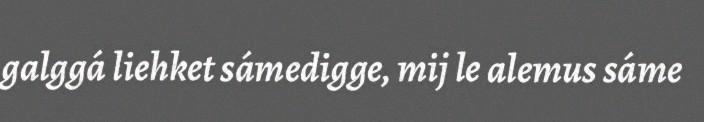
galggá liehket sámedigge, mij le alemus sáme